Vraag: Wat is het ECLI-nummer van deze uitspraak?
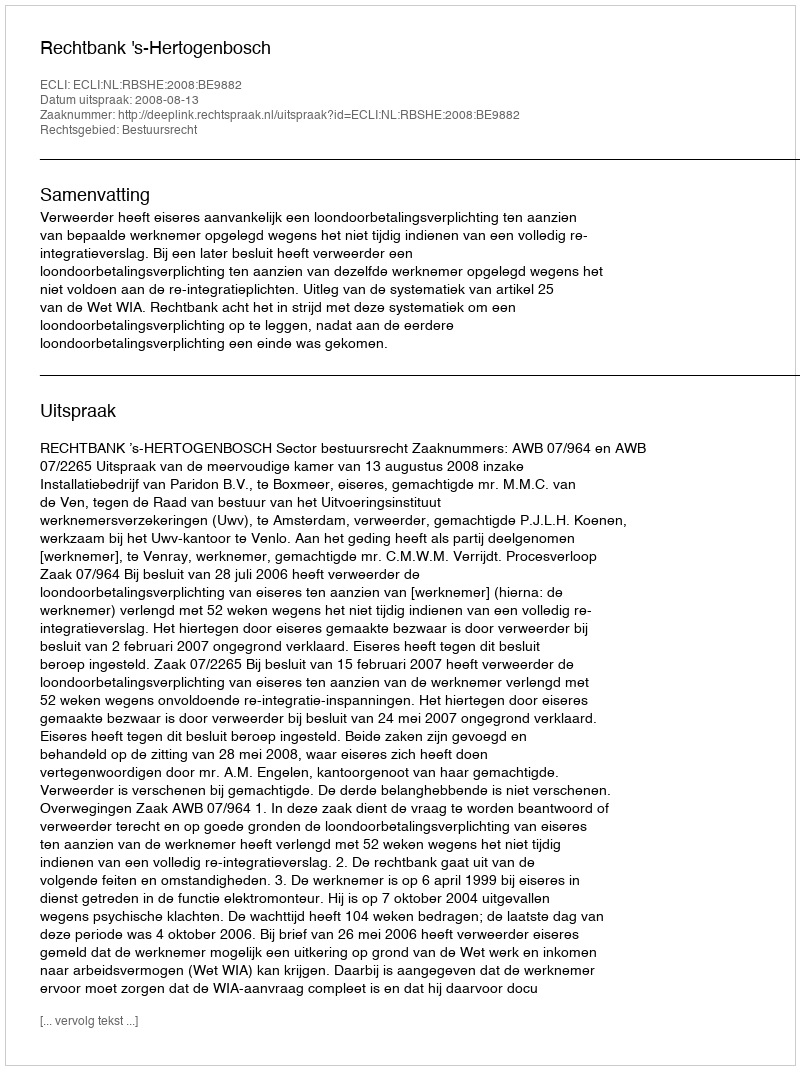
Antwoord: ECLI:NL:RBSHE:2008:BE9882